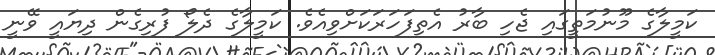
ކަމީލާގެ މޫނުމަތީގައި ޖެހި ބާރު އެތިފަހަރަކަށްވިއެވެ. ކަމީލާގެ ދެލޯ ފުރިގެން ދިޔައީ ވޭނީ